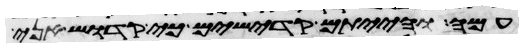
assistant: עמה והייתם קדישים כי קדוש אני